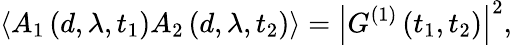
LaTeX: \left\langle A_{1}\left(d,\lambda,t_{1}\right)A_{2}\left(d,\lambda,t_{2}\right)\right\rangle=\left\vert G^{(1)}\left(t_{1},t_{2}\right)\right\vert^{2},